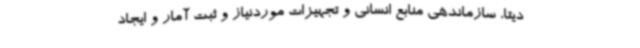
دیتا، سازماندهی منابع انسانی و تجهیزات موردنیاز و ثبت آمار و ایجاد